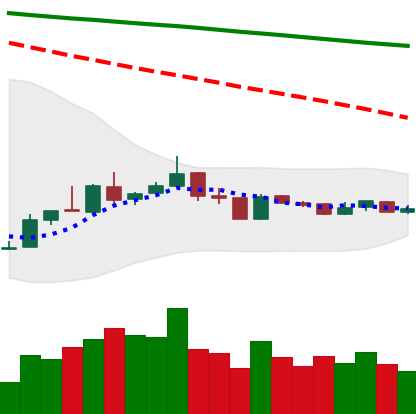
Ticker: XLM-USD
Chart end date: 2019-01-04
Forward return: 7.293%
Label: up_7plus